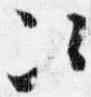
次